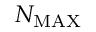
N _ { \mathrm { M A X } }